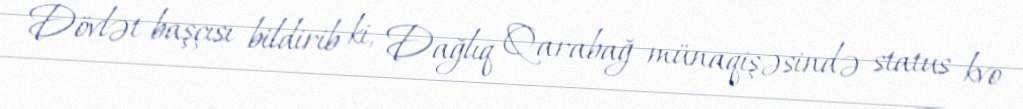
Dövlət başçısı bildirib ki, Dağlıq Qarabağ münaqişəsində status kvo